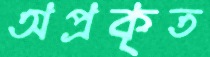
অপ্রকৃত